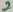
Text: 2